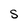
Character: s